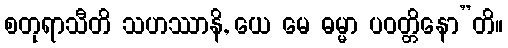
စတုရာသီတိ သဟဿာနိ, ယေ မေ ဓမ္မာ ပဝတ္တိနော”တိ။